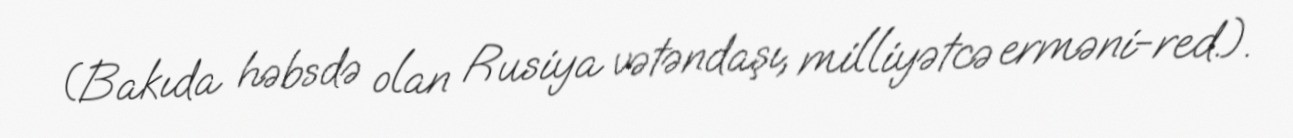
(Bakıda həbsdə olan Rusiya vətəndaşı, milliyətcə erməni-red.).